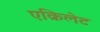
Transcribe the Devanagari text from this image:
एक्रिलेट